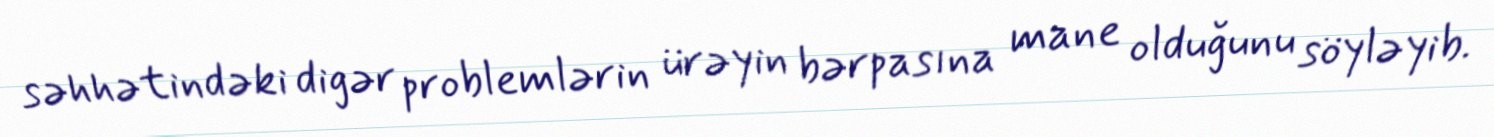
səhhətindəki digər problemlərin ürəyin bərpasına mane olduğunu söyləyib.